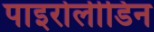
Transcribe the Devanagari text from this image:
पाइरोलीडिन